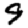
Digit: 9